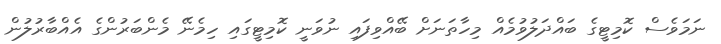
ނަމަވެސް ކޮމިޓީގެ ބައްދަލުވުމެއް މިހާތަނަށް ބޭއްވިފައި ނުވަނީ ކޮމިޓީގައި ހިމެނޭ މެންބަރުންގެ އެއްބާރުލުން